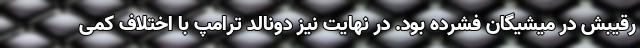
رقیبش در میشیگان فشرده بود. در نهایت نیز دونالد ترامپ با اختلاف کمی